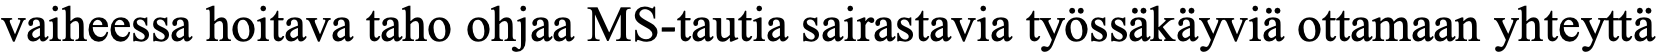
vaiheessa hoitava taho ohjaa MS-tautia sairastavia työssäkäyviä ottamaan yhteyttä